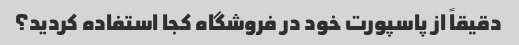
دقیقاً از پاسپورت خود در فروشگاه کجا استفاده کردید؟